Statistical return of the lunatic asylum in Assam - 1912-1932
Year: 1912
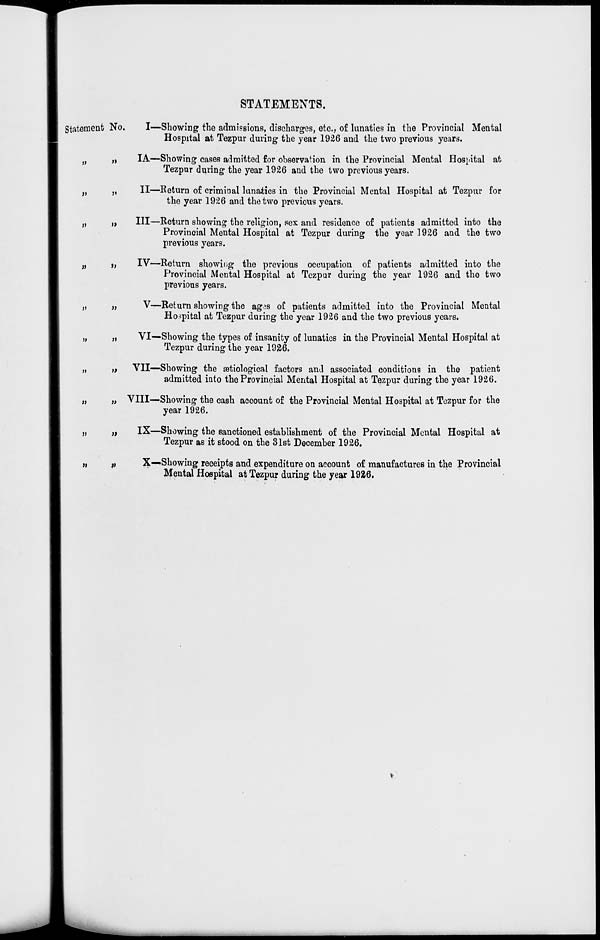
STATEMENTS.
Statement No.
»
»
»
»
n
»
)»
>>
i>
»
JI
»
»
>»
I—Showing the admissions, discharges, etc., of lunatics in the Provincial Mental
Hospital at Tezpur during the year 1926 and the two previous years.
IA—Showing cases admitted for observation in the Provincial Mental Hospital at
Tezpnr during the year 1926 and the two previous years.
II—Return of criminal lunatics in the Provincial Mental Hospital at Tezpur for
the year 1926 and the two previous years.
Ill—Return showing the religion, sex and residence of patients admitted into the
Provincial Mental Hospital at Tezpur during the year 1926 and the two
previous years.
IV—Return showing the previous occupation of patients admitted into the
Provincial Mental Hospital at Tezpur during the year 1926 and the two
previous years.
V—Return showing the ag<JS of patients admitted into the Provincial Mental
Hospital at Tezpur during the year 1926 and the two previous years.
VI—Showing the types of insanity of lunatics in the Provincial Mental Hospital at
Tezpur during the year 1926.
VII—Showing the aetiological factors and associated conditions in the patient
admitted into the Provincial Mental Hospital at Tezpur during the year 1926.
„ VIII—Showing the cash account of the Provincial Mental Hospital at Tezpur for the
year 1926.
IX—Showing the sanctioned establishment of the Provincial Mental Hospital at
Tezpur as it stood on the 31st December 1926.
X—Showing receipts and expenditure on account of manufactures in the Provincial
Mental Hospital at Tezpur during the year 1926.